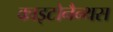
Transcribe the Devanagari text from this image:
काइटोनैन्थस